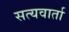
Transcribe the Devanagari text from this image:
सत्यवार्ता